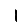
Digit: 1